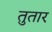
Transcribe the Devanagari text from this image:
तुतार